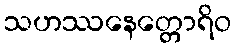
သဟဿနေတ္တောရိဝ